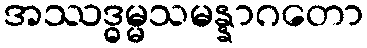
အဿဒ္ဓမ္မသမန္နာဂတော